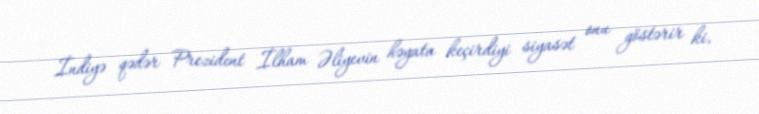
İndiyə qədər Prezident İlham Əliyevin həyata keçirdiyi siyasət onu göstərir ki,